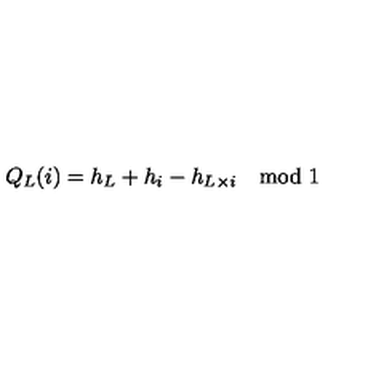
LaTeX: Q _ { L } ( i ) = h _ { L } + h _ { i } - h _ { L \times i } \quad \mathrm { m o d } \ 1